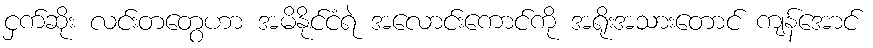
ငှက်ဆိုး လင်းတတွေဟာ အမိနိုင်ငံရဲ အလောင်းကောင်ကို အရိုးအသားတောင် ကျန်အောင်